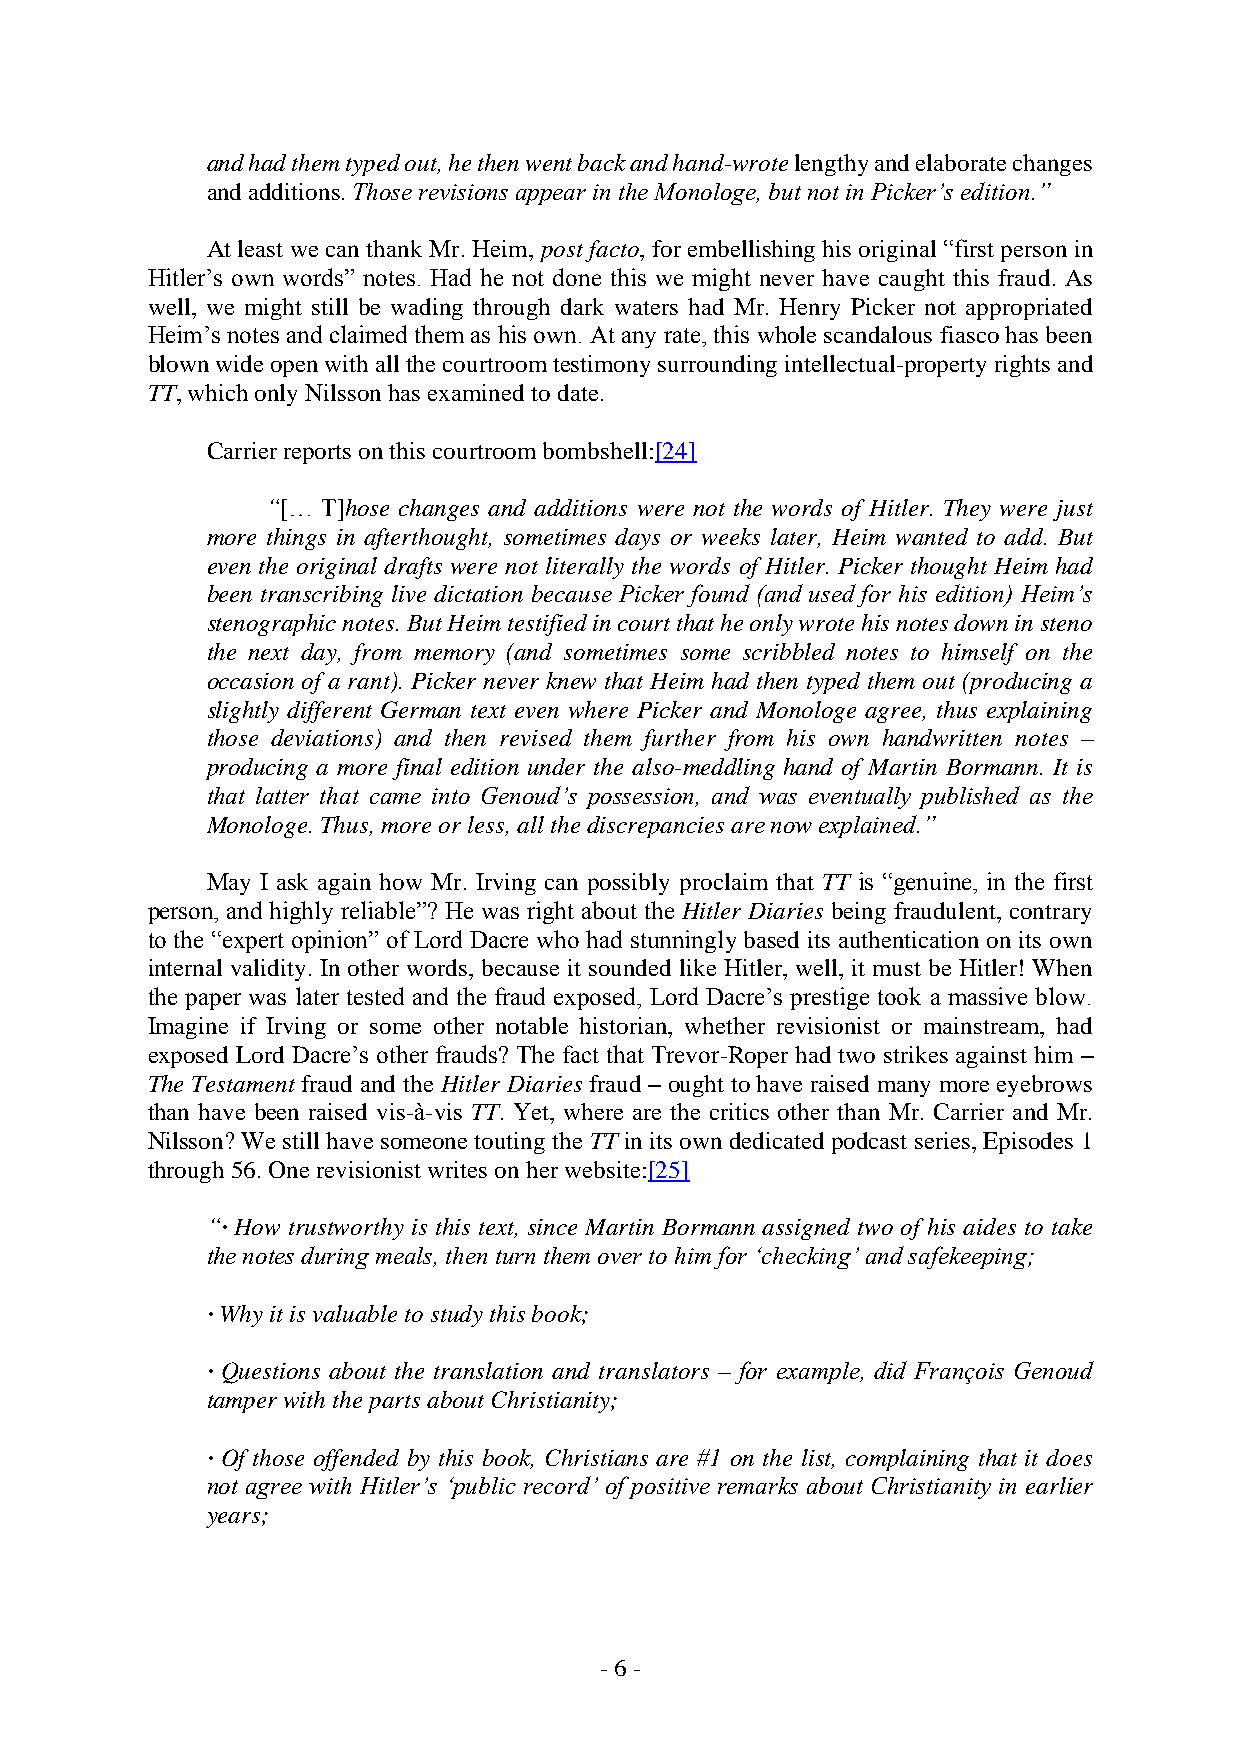
and had them typed out, he then went back and hand-wrote lengthy and elaborate changes
 and additions. Those revisions appear in the Monologe, but not in Picker’s edition.”
 At least we can thank Mr. Heim, post facto, for embellishing his original “first person in
 Hitler’s own words” notes. Had he not done this we might never have caught this fraud. As
 well, we might still be wading through dark waters had Mr. Henry Picker not appropriated
 Heim’s notes and claimed them as his own. At any rate, this whole scandalous fiasco has been
 blown wide open with all the courtroom testimony surrounding intellectual-property rights and
 TT, which only Nilsson has examined to date.
 Carrier reports on this courtroom bombshell:[24]
 “[… T]hose changes and additions were not the words of Hitler. They were just
 more things in afterthought, sometimes days or weeks later, Heim wanted to add. But
 even the original drafts were not literally the words of Hitler. Picker thought Heim had
 been transcribing live dictation because Picker found (and used for his edition) Heim’s
 stenographic notes. But Heim testified in court that he only wrote his notes down in steno
 the next day, from memory (and sometimes some scribbled notes to himself on the
 occasion of a rant). Picker never knew that Heim had then typed them out (producing a
 slightly different German text even where Picker and Monologe agree, thus explaining
 those deviations) and then revised them further from his own handwritten notes –
 producing a more final edition under the also-meddling hand of Martin Bormann. It is
 that latter that came into Genoud’s possession, and was eventually published as the
 Monologe. Thus, more or less, all the discrepancies are now explained.”
 May I ask again how Mr. Irving can possibly proclaim that TT is “genuine, in the first
 person, and highly reliable”? He was right about the Hitler Diaries being fraudulent, contrary
 to the “expert opinion” of Lord Dacre who had stunningly based its authentication on its own
 internal validity. In other words, because it sounded like Hitler, well, it must be Hitler! When
 the paper was later tested and the fraud exposed, Lord Dacre’s prestige took a massive blow.
 Imagine if Irving or some other notable historian, whether revisionist or mainstream, had
 exposed Lord Dacre’s other frauds? The fact that Trevor-Roper had two strikes against him –
 The Testament fraud and the Hitler Diaries fraud – ought to have raised many more eyebrows
 than have been raised vis-à-vis TT. Yet, where are the critics other than Mr. Carrier and Mr.
 Nilsson? We still have someone touting the TT in its own dedicated podcast series, Episodes 1
 through 56. One revisionist writes on her website:[25]
 “∙ How trustworthy is this text, since Martin Bormann assigned two of his aides to take
 the notes during meals, then turn them over to him for ‘checking’ and safekeeping;
 ∙ Why it is valuable to study this book;
 ∙ Questions about the translation and translators – for example, did François Genoud
 tamper with the parts about Christianity;
 ∙ Of those offended by this book, Christians are #1 on the list, complaining that it does
 not agree with Hitler’s ‘public record’ of positive remarks about Christianity in earlier
 years;
 - 6 -